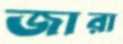
জারা